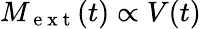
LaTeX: M_{\mathrm{~e~x~t~}}(t)\propto V(t)